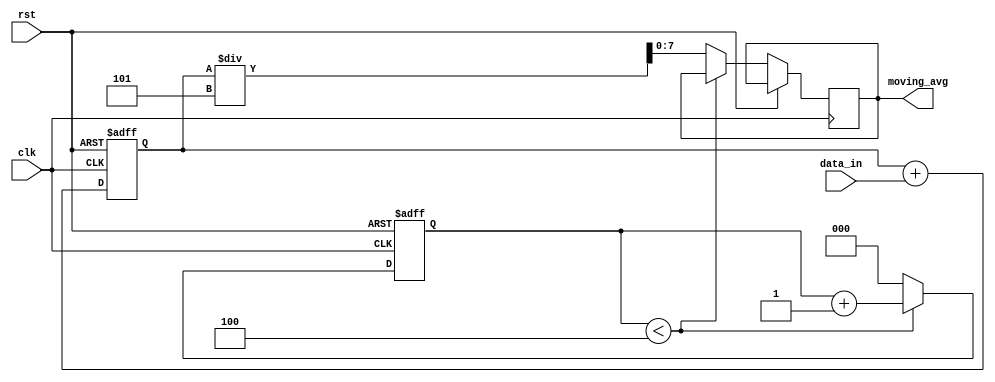
module MovingAvgAccumulator (
    input wire clk,
    input wire rst,
    input wire [7:0] data_in,
    output reg [7:0] moving_avg
);

reg [7:0] sum = 0;
reg [2:0] counter = 0;

always @(posedge clk or posedge rst) begin
    if (rst) begin
        sum <= 0;
        counter <= 0;
    end else begin
        if (counter < 4) begin
            sum <= sum + data_in;
            counter <= counter + 1;
        end else begin
            sum <= sum + data_in;
            moving_avg <= sum / 5;
            counter <= 0;
        end
    end
end

endmodule